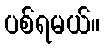
ပစ်ရမယ်။